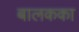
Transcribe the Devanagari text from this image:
बालकका